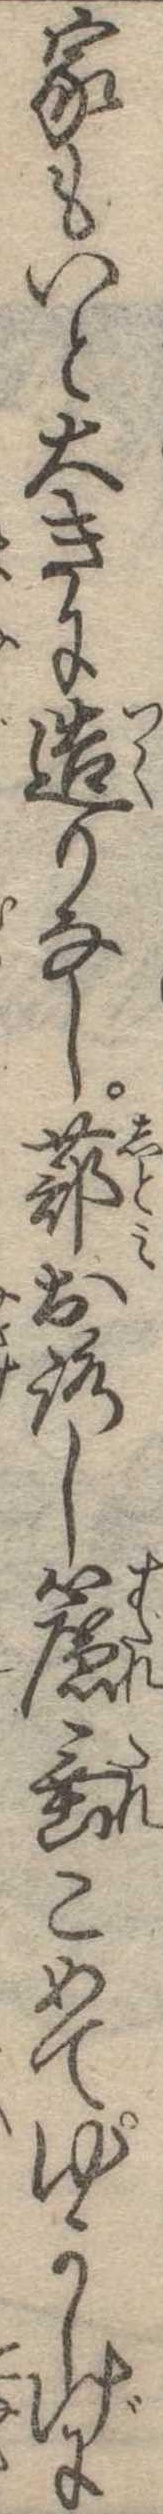
家もいと大きに造りなし蔀おろし簾垂こめてゆかしげに